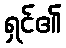
ရှင်၏